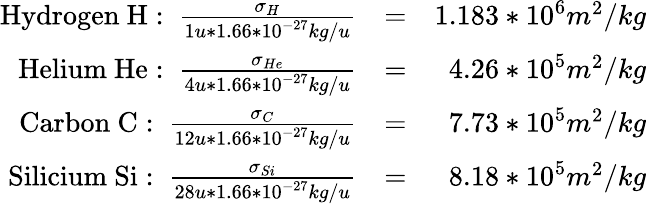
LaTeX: \begin{array}{rlr}{\mathrm{Hydrogen~H:~}\frac{\sigma_{H}}{1u*1.66*10^{-27}kg/u}}&{=}&{1.183*10^{6}m^{2}/kg}\\ {\mathrm{Helium~He:~}\frac{\sigma_{He}}{4u*1.66*10^{-27}kg/u}}&{=}&{4.26*10^{5}m^{2}/kg}\\ {\mathrm{Carbon~C:~}\frac{\sigma_{C}}{12u*1.66*10^{-27}kg/u}}&{=}&{7.73*10^{5}m^{2}/kg}\\ {\mathrm{Silicium~Si:~}\frac{\sigma_{Si}}{28u*1.66*10^{-27}kg/u}}&{=}&{8.18*10^{5}m^{2}/kg}\end{array}